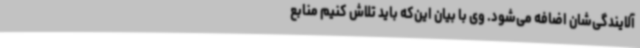
آلایندگی‌شان اضافه می‌شود. وی با بیان این‌که باید تلاش کنیم منابع